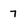
Character: 7